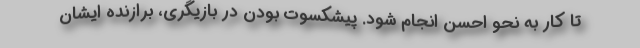
تا کار به نحو احسن انجام شود. پیشکسوت بودن در بازیگری، برازنده ایشان